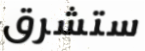
ستشرق